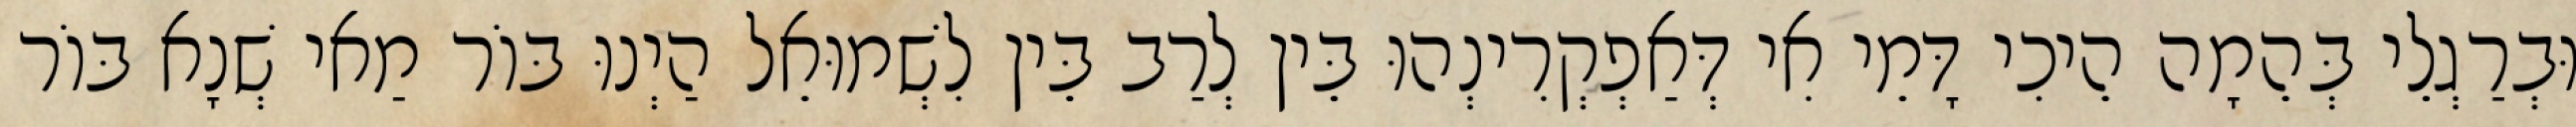
וּבְרַגְלֵי בְּהֵמָה הֵיכִי דָּמֵי אִי דְּאַפְקְרִינְהוּ בֵּין לְרַב בֵּין לִשְׁמוּאֵל הַיְנוּ בּוֹר מַאי שְׁנָא בּוֹר